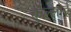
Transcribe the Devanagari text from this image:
कुँल्लोई